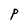
Character: P